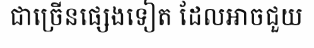
ជាច្រើនផ្សេងទៀត ដែលអាចជួយ